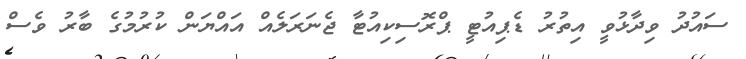
ސައުދު ވިދާޅުވީ އިތުރު ޑެޕިއުޓީ ޕްރޮސިކިއުޓާ ޖެނަރަލެއް އައްޔަން ކުރުމުގެ ބާރު ވެސް